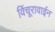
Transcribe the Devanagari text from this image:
विंचूरावाईन